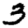
Digit: 3